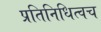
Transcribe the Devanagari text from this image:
प्रतिनिधित्वच